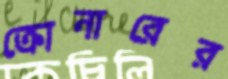
ক্রোনারের